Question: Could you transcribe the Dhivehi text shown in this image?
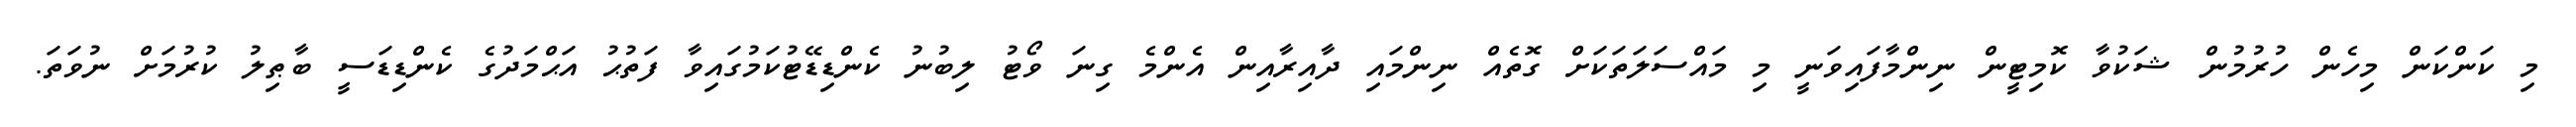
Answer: މި ކަންކަން މިހެން ހުރުމުން ޝަކުވާ ކޮމިޓީން ނިންމާފައިވަނީ މި މައްސަލަތަކަށް ގޮތެއް ނިންމައި ދާއިރާއިން އެންމެ ގިނަ ވޯޓު ލިބުނު ކެންޑިޑޭޓުކަމުގައިވާ ފަތުޙު އަޙްމަދުގެ ކެންޑިޑަސީ ބާޠިލު ކުރުމަށް ނުވަތަ.